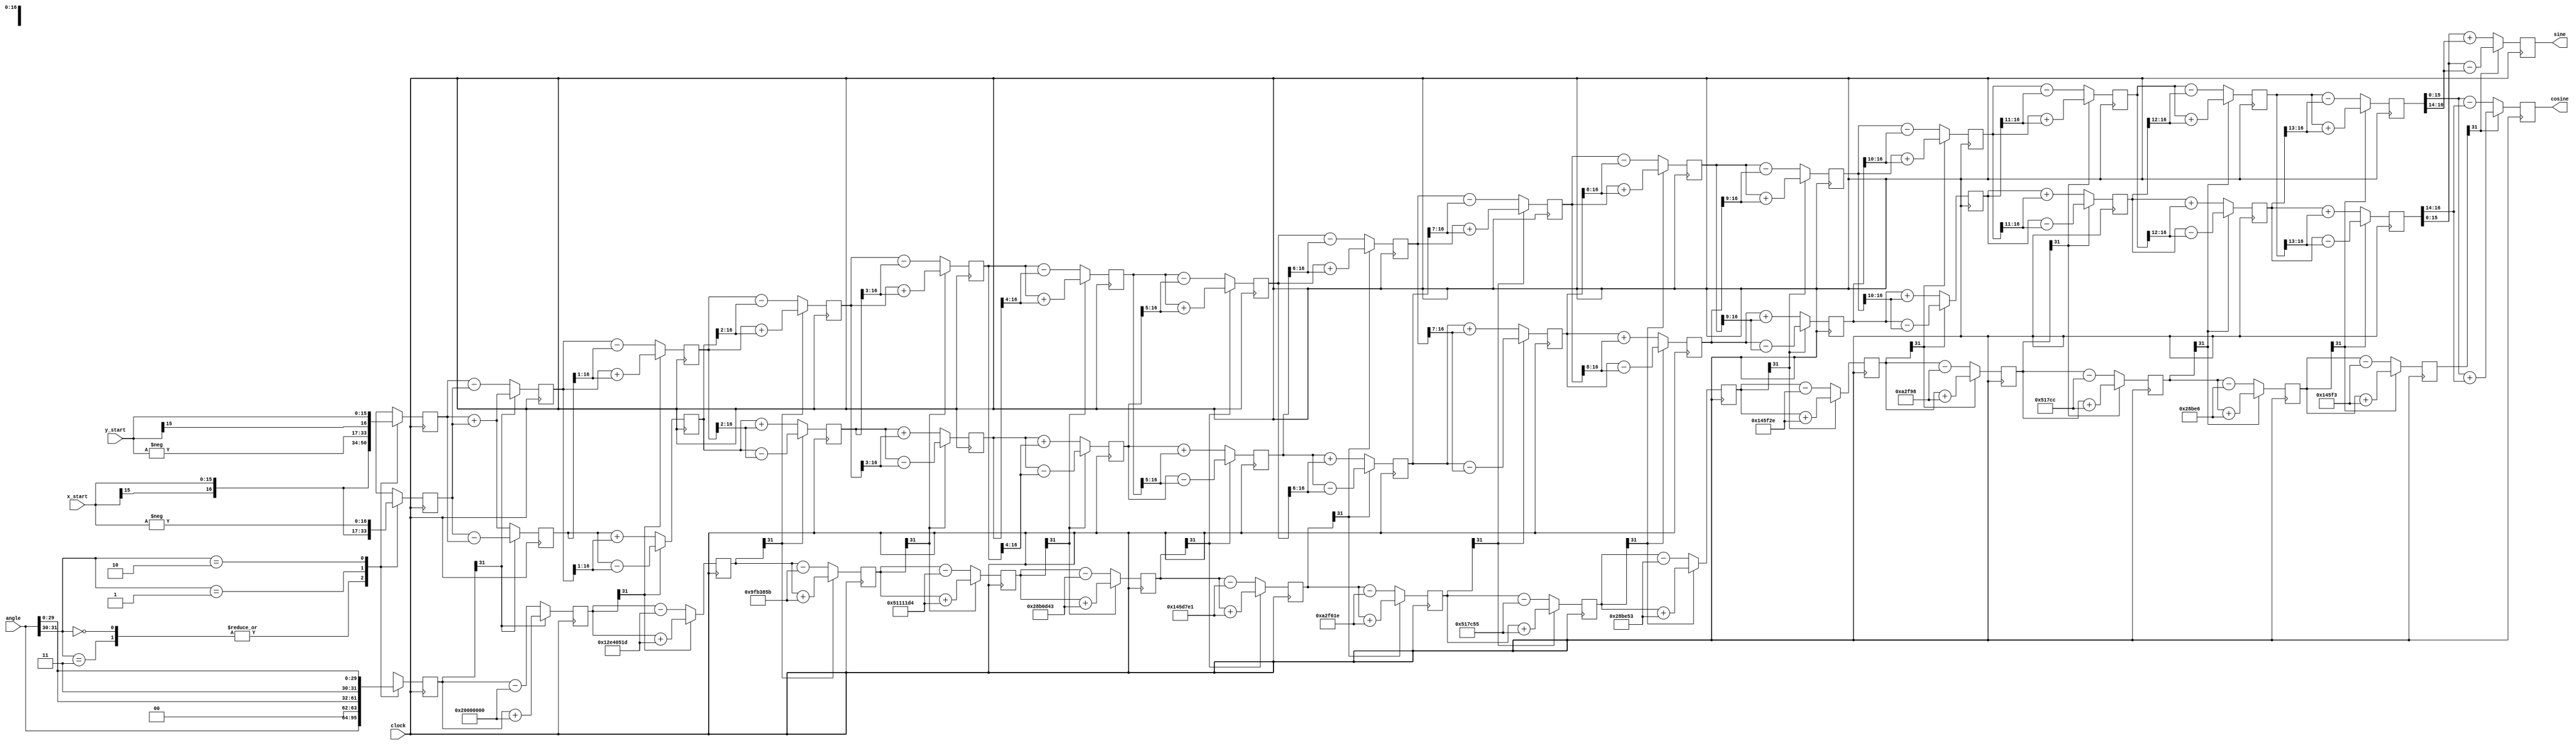
//CORDIC implementation for sine and cosine for Final Project 

//Claire Barnes

module cordic(clock, cosine, sine, x_start, y_start, angle);

  parameter width = 16;

  // Inputs
  input clock;
  input signed [width-1:0] x_start,y_start; 
  input signed [31:0] angle;

  // Outputs
  output signed  [width-1:0] sine, cosine;

  // Generate table of atan values
  wire signed [31:0] atan_table [0:30];
                          
  assign atan_table[00] = 'b00100000000000000000000000000000; // 45.000 degrees -> atan(2^0)
  assign atan_table[01] = 'b00010010111001000000010100011101; // 26.565 degrees -> atan(2^-1)
  assign atan_table[02] = 'b00001001111110110011100001011011; // 14.036 degrees -> atan(2^-2)
  assign atan_table[03] = 'b00000101000100010001000111010100; // atan(2^-3)
  assign atan_table[04] = 'b00000010100010110000110101000011;
  assign atan_table[05] = 'b00000001010001011101011111100001;
  assign atan_table[06] = 'b00000000101000101111011000011110;
  assign atan_table[07] = 'b00000000010100010111110001010101;
  assign atan_table[08] = 'b00000000001010001011111001010011;
  assign atan_table[09] = 'b00000000000101000101111100101110;
  assign atan_table[10] = 'b00000000000010100010111110011000;
  assign atan_table[11] = 'b00000000000001010001011111001100;
  assign atan_table[12] = 'b00000000000000101000101111100110;
  assign atan_table[13] = 'b00000000000000010100010111110011;
  assign atan_table[14] = 'b00000000000000001010001011111001;
  assign atan_table[15] = 'b00000000000000000101000101111100;
  assign atan_table[16] = 'b00000000000000000010100010111110;
  assign atan_table[17] = 'b00000000000000000001010001011111;
  assign atan_table[18] = 'b00000000000000000000101000101111;
  assign atan_table[19] = 'b00000000000000000000010100010111;
  assign atan_table[20] = 'b00000000000000000000001010001011;
  assign atan_table[21] = 'b00000000000000000000000101000101;
  assign atan_table[22] = 'b00000000000000000000000010100010;
  assign atan_table[23] = 'b00000000000000000000000001010001;
  assign atan_table[24] = 'b00000000000000000000000000101000;
  assign atan_table[25] = 'b00000000000000000000000000010100;
  assign atan_table[26] = 'b00000000000000000000000000001010;
  assign atan_table[27] = 'b00000000000000000000000000000101;
  assign atan_table[28] = 'b00000000000000000000000000000010;
  assign atan_table[29] = 'b00000000000000000000000000000001;
  assign atan_table[30] = 'b00000000000000000000000000000000;

  reg signed [width:0] x [0:width-1];
  reg signed [width:0] y [0:width-1];
  reg signed    [31:0] z [0:width-1];


  // make sure rotation angle is in -pi/2 to pi/2 range
  wire [1:0] quadrant;
  assign quadrant = angle[31:30];

  always @(posedge clock)
  begin // make sure the rotation angle is in the -pi/2 to pi/2 range
    case(quadrant)
      2'b00,
      2'b11: // no changes needed for these quadrants
      begin
        x[0] <= x_start;
        y[0] <= y_start;
        z[0] <= angle;
      end

      2'b01:
      begin
        x[0] <= -y_start;
        y[0] <= x_start;
        z[0] <= {2'b00,angle[29:0]}; // subtract pi/2 for angle in this quadrant
      end

      2'b10:
      begin
        x[0] <= y_start;
        y[0] <= -x_start;
        z[0] <= {2'b11,angle[29:0]}; // add pi/2 to angles in this quadrant
      end
    endcase
  end


  // run through iterations
  genvar i;

  generate
  for (i=0; i < (width-1); i=i+1)
  begin: xyz
    wire z_sign;
    wire signed [width:0] x_shr, y_shr;

    assign x_shr = x[i] >>> i; // signed shift right
    assign y_shr = y[i] >>> i;

    //the sign of the current rotation angle
    assign z_sign = z[i][31];

    always @(posedge clock)
    begin
      // add/subtract shifted data
      x[i+1] <= z_sign ? x[i] + y_shr : x[i] - y_shr;
      y[i+1] <= z_sign ? y[i] - x_shr : y[i] + x_shr;
      z[i+1] <= z_sign ? z[i] + atan_table[i] : z[i] - atan_table[i];
    end
  end
  endgenerate

  // assign output
  assign cosine = x[width-1];
  assign sine = y[width-1];

endmodule